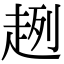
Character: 趔